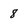
Character: 8